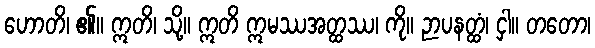
ဟောတိ၊ ၏။ ဣတိ၊ သို့။ ဣတိ ဣမဿအတ္ထဿ၊ ကို။ ဉာပနတ္ထံ၊ ငှါ။ တတော၊